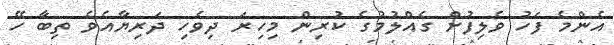
އެންމެ ފަހު ވެލިފުށް ގެއްލުމުގެ ކުރިން މިހިރަ ދިވެހި ދަރިޔާއެވެ ތިބާ ހޭ